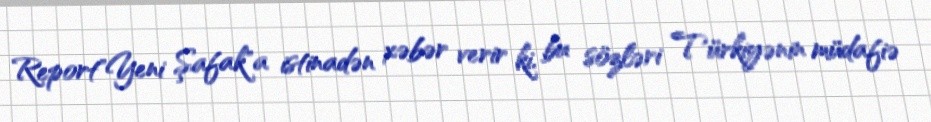
Report"Yeni Şafak"a istinadən xəbər verir ki, bu sözləri Türkiyənin müdafiə